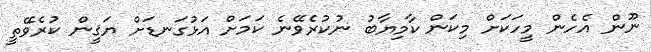
ނޫން އެހެން މީހަކަށް މިކަން ކާމިޔާބު ނުކުރެވޭނެ ކަމަށް އަޅުގަނޑަށް ޔަޤީން ކުރެވޭތީ